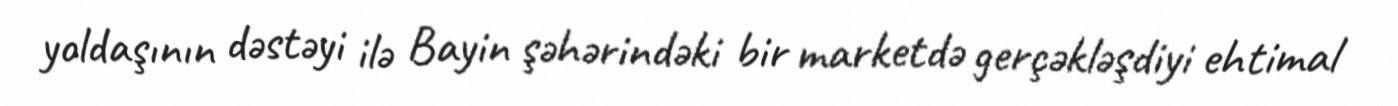
yoldaşının dəstəyi ilə Bayin şəhərindəki bir marketdə gerçəkləşdiyi ehtimal